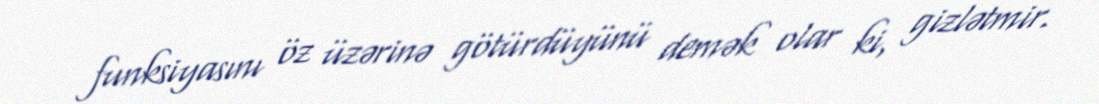
funksiyasını öz üzərinə götürdüyünü demək olar ki, gizlətmir.